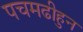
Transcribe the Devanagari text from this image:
पचमढीहुन